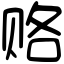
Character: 赂